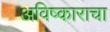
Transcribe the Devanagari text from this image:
अविष्काराचा